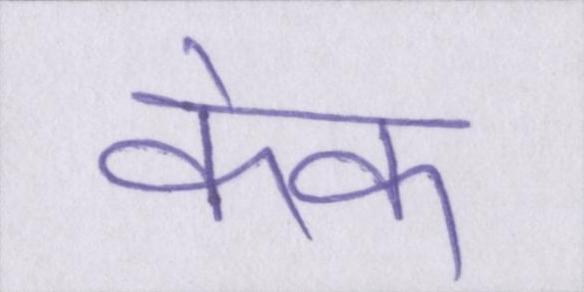
केक